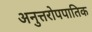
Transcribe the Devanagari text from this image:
अनुत्तरोपपातिक